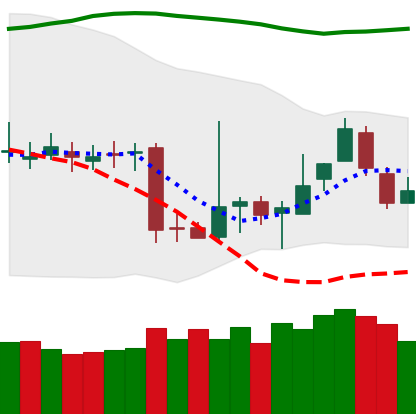
Ticker: BTC-USD
Chart end date: 2018-11-10
Forward return: -11.877%
Label: down_7plus